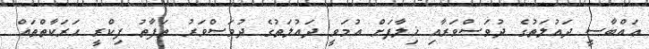
ޢައްބާސީ ދައުލަތުގެ ދުވަސްވަރާއި ޚިލާފަށް އުމަވީ ދައުލަތުގެ ދުވަސްވަރު ތަފާތު ފިކްރީ ހަރަކާތްތައް